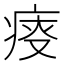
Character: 𤶟